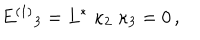
LaTeX: E ^ { ( 1 ) } { } _ { 3 } = L ^ { * } \; \kappa _ { 2 } \; \kappa _ { 3 } = 0 \, ,